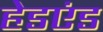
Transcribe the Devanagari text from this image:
हेडएंड